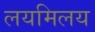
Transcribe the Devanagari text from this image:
लयमिलय